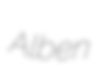
Alben